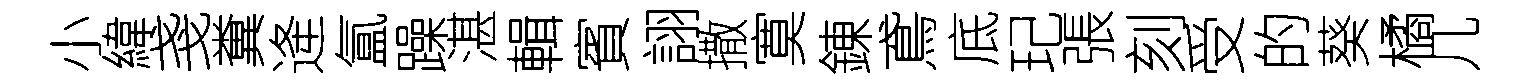
小緯戔糞逄氲躁湛輯賓詡撒寞錬鳶底玘張刻受的葵橘几